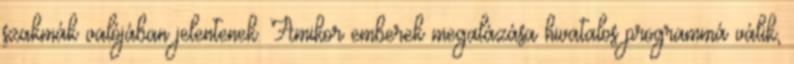
szakmák valójában jelentenek. Amikor emberek megalázása hivatalos programmá válik,